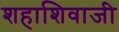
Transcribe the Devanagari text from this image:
शहाशिवाजी